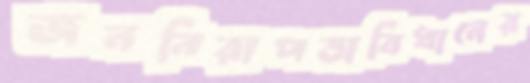
জননিরাপত্তাবিধানের